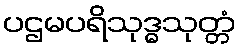
ပဌမပရိသုဒ္ဓသုတ္တံ